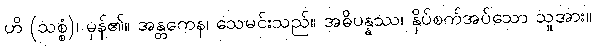
ဟိ (သစ္စံ)၊ မှန်၏။ အန္တကေန၊ သေမင်းသည်။ အဓိပန္နဿ၊ နှိပ်စက်အပ်သော သူအား။